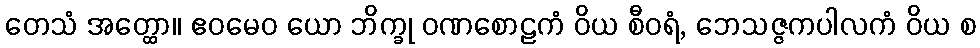
တေသံ အတ္ထော။ ဧဝမေဝ ယော ဘိက္ခု ဝဏစောဠကံ ဝိယ စီဝရံ, ဘေသဇ္ဇကပါလကံ ဝိယ စ